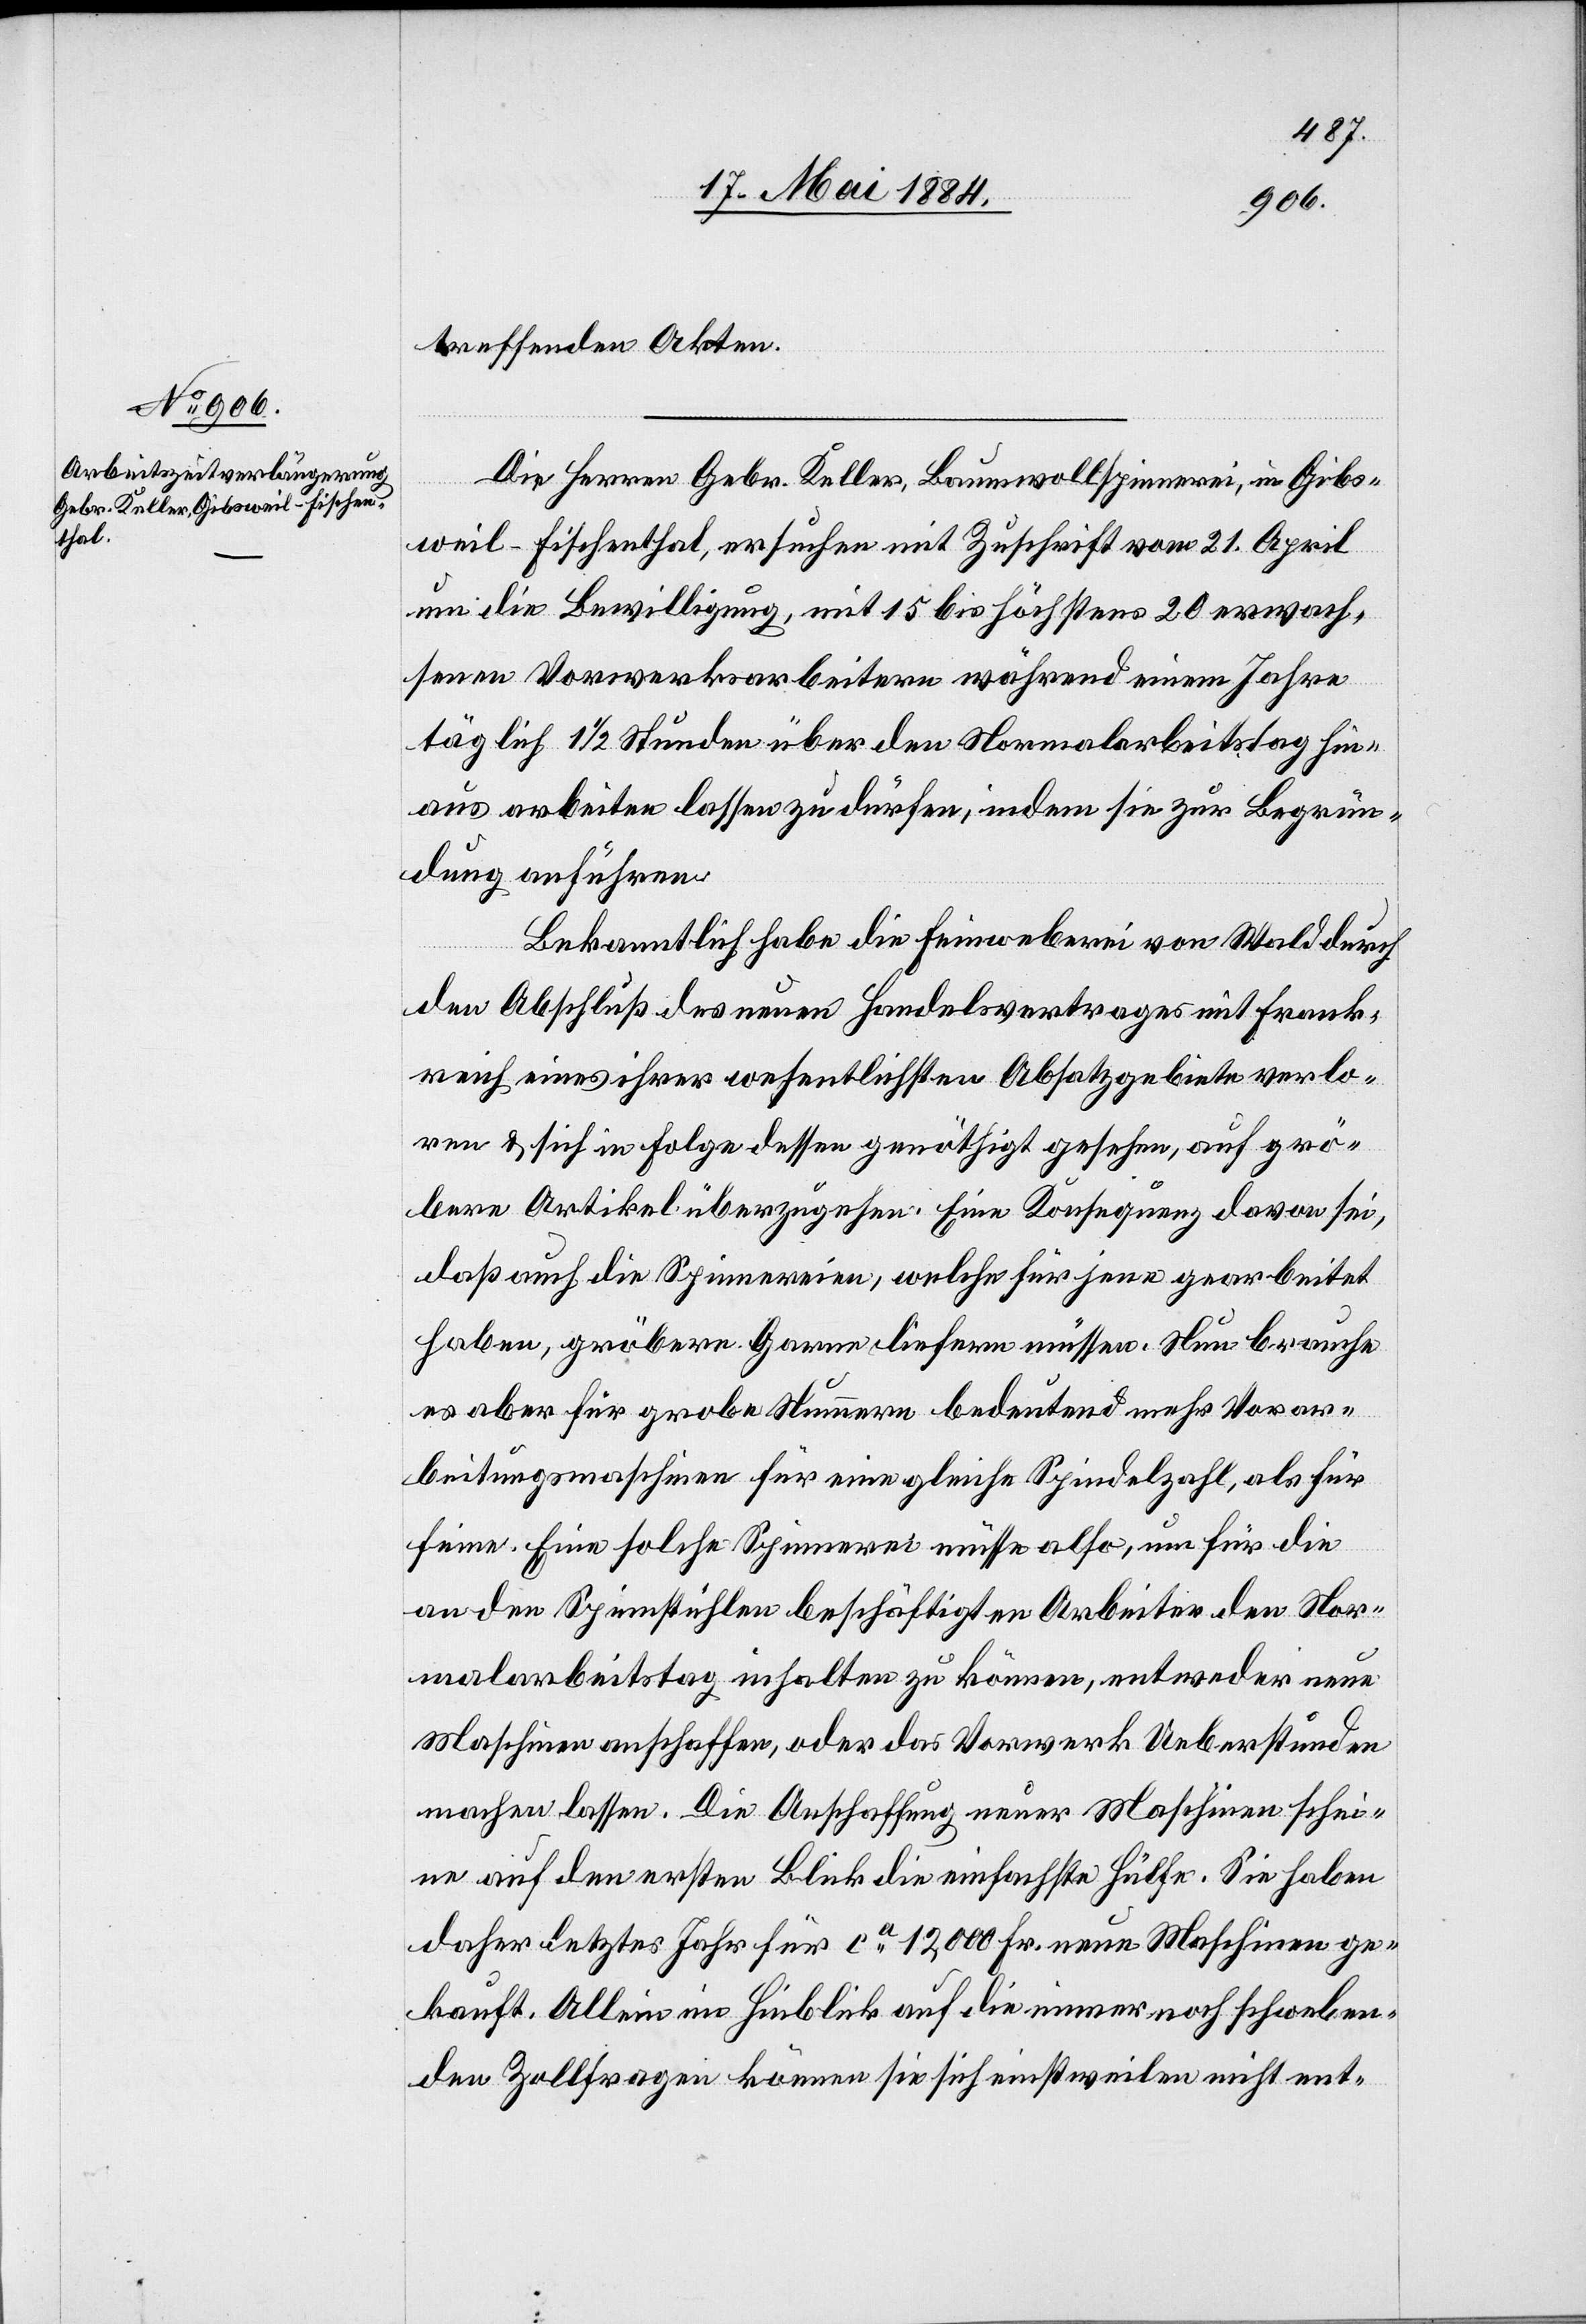
Die Herren Gebr. Keller, Baumwollspinnerei, in Gibs¬
weil - Fischenthal, ersuchen mit Zuschrift vom 21. April
um die Bewilligung, mit 15 bis höchstens 20 erwach¬
senen Vorarbeitern während einem Jahre
täglich 1 1/2 Stunden über den Normalarbeitstag hin¬
aus arbeiten lassen zu dürfen, indem sie zur Begrün¬
dung anführen:
Bekanntlich habe die Heimweberei von Wald durch
den Abschluß des neuen Handelsvertrages mit Frank¬
reich eines ihrer wesentlichsten Absatzgebiete verlo¬
ren & sich in Folge dessen genöthigt gesehen, auf grö¬
bere Artikel überzugehen. Eine Konsequenz davon sei,
daß auch die Spinnereien, welche für jene gearbeitet
haben, gröbere Garne liefern müssen. Nun brauche
es aber für grobe Nummern bedeutend mehr Vorar¬
beitungsmaschinen für eine gleiche Spindelzahl, als für
feine. Eine solche Spinnerei müsse also, um für die
an den Spinnstühlen beschäftigen Arbeiter den Nor¬
malarbeitstag [e]inhalten zu können, entweder neue
Maschinen anschaffen, oder das Vorwerk Ueberstunden
machen lassen. Die Anschaffung neuer Maschinen schei¬
ne auf den ersten Blick die einfachste Hülfe. Sie haben
daher letztes Jahr für ca 12,000 Fr. neue Maschinen ge¬
kauft. Allein im Hinblick auf die immer noch schweben¬
den Zollfragen können sie sich einstweilen nicht ent-